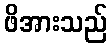
ဖိအားသည်